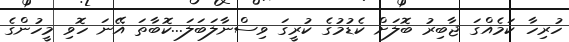
ހުރިހާ ކަމެއްގަ ޖާބިރު ބޮލަށް ކެޑުމުގެ ކުރީގަ ވިސްނާލަބަލަ...ކޮބާތަ އޭނަ ހޮވި މީހުންގެ